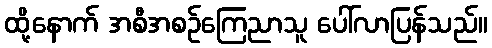
ထို့နောက် အစီအစဉ်ကြေညာသူ ပေါ်လာပြန်သည်။